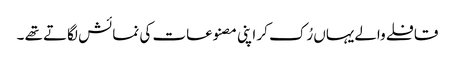
قافلے والےیہاں رُک کر اپنی مصنوعات کی نمائش لگاتے تھے ۔